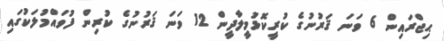
ޙިޖްރައިން 6 ވަނަ ޤަރުނުގެ ކުރީކޮޅުމީލާދީން 12 ވަނަ ޤަރުނުގެ ކުރިން ފުވައްމުލަކުގައި